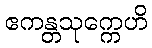
ဧကန္တသုက္ကေဟိ